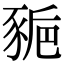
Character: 𧱒